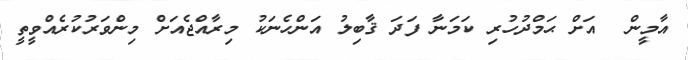
އާމީން  އަށް ޙަމްދުހުރި ކަމަނާ ފަދަ ޤާބިލު އަންހެނަކު މިރާއްޖެއަށް މިންވަރުކުރެއްވީތީ